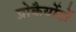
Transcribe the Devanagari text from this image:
प्रोकैर्योटों